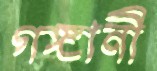
গঙ্গানী